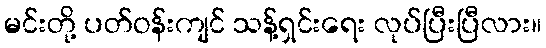
မင်းတို့ ပတ်ဝန်းကျင် သန့်ရှင်းရေး လုပ်ပြီးပြီလား။